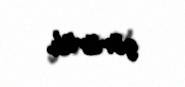
görürük.